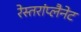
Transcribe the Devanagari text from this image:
रेस्तरांप्लैनेट